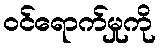
ဝင်ရောက်မှုကို